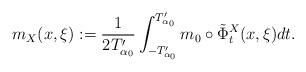
LaTeX: \begin{align*}m_X(x,\xi):=\frac{1}{2T_{\alpha_0}'}\int_{-T_{\alpha_0}'}^{T_{\alpha_0}'}m_0\circ\tilde{\Phi}^{X}_t(x,\xi)dt.\end{align*}